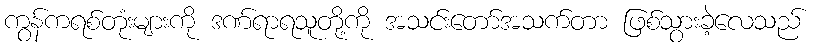
ကွန်ကရစ်တုံးများကို ဒဏ်ရာရသူတို့ကို အသင်းတော်အသက်တာ ဖြစ်သွားခဲ့လေသည်